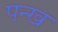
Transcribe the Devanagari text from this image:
पन्ख